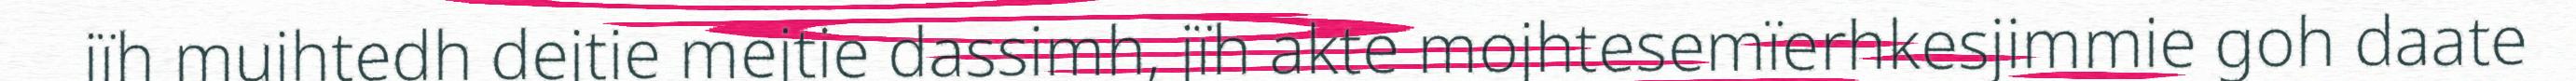
jïh mujhtedh dejtie mejtie dassimh, jïh akte mojhtesemïerhkesjimmie goh daate